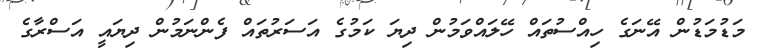
މަޑުމަޑުން އޭނަގެ ހިއްސުތައް ހޭލައްވަމުން ދިޔަ ކަމުގެ އަސަރުތައް ފެންނަމުން ދިޔައީ އަސްރާގެ